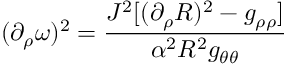
( \partial _ { \rho } \omega ) ^ { 2 } = \frac { J ^ { 2 } [ ( \partial _ { \rho } R ) ^ { 2 } - g _ { \rho \rho } ] } { \alpha ^ { 2 } R ^ { 2 } g _ { \theta \theta } }